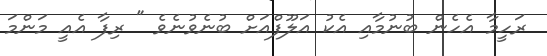
ރަހީމާ އެހެން ބުނުމާއި އެކު އަލޫފްއަށް ބުނެވުނެވެ " ރިފާ އެއީ މަންމަ